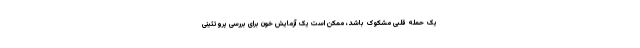
یک حمله قلبی مشکوک باشد، ممکن است یک آزمایش خون برای بررسی پروتئینی